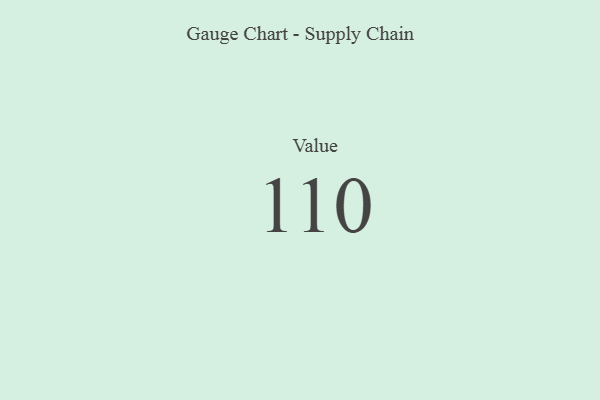
{"axis": {"x": "Metric", "y": "Value"}, "legend": [""], "data": [{"x": "Value", "y": 110, "type": ""}]}